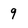
Character: 9